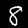
Digit: 8